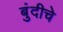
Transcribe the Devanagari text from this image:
बुंदीचे